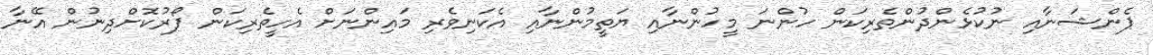
ޕެންޝަނާއި ނުކުޅެންދުންތެރިކަން ހުންނަ މީހުންނާއި ޔަތީމުންނާއި އެކަނިވެރި މައިންނަށް އެހީތެރިކަން ފޯރުކޮށްދިނުން އޭނާ